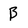
Character: B